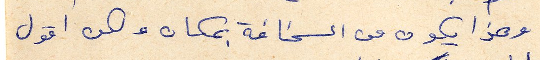
وهذا يكون من السخافة بمكان ولكن اقول